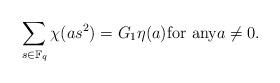
LaTeX: \begin{align*} \sum_{s \in {\mathbb F}_q} \chi (a s^2) = G_1 \eta(a) \mbox{for any} a \ne 0.\end{align*}